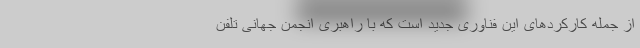
از جمله کارکردهای این فناوری جدید است که با راهبری انجمن جهانی تلفن